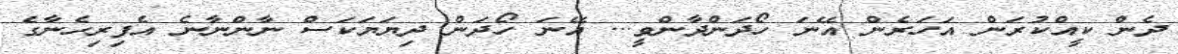
ދެން ކީއްކުރަން އަހަރެން އޭނަ ހޯދަންދާންވީ... އޭނަ ހޯދަން ދިޔަޔަކަސް ނާންނާނެ އެފިރިހެނާގެ